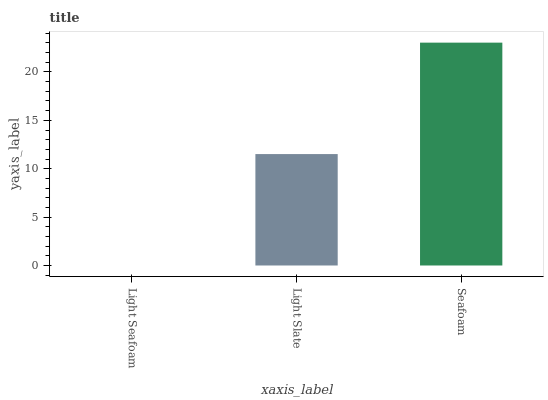
| xaxis_label | bars |
 | --- | --- |
 | Light Seafoam | 0 |
 | Light Slate | 11.5 |
 | Seafoam | 23 |